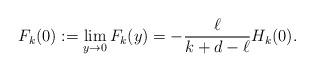
LaTeX: \begin{align*}{F}_k(0):=\lim\limits_{y\to0}{F}_k(y)=-\dfrac{\ell}{k+d-\ell}{H}_k(0).\end{align*}